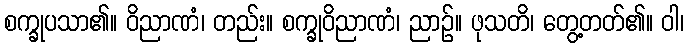
စက္ခုပသာ၏။ ဝိညာဏံ၊ တည်း။ စက္ခုဝိညာဏံ၊ ညာဉ်။ ဖုသတိ၊ တွေ့တတ်၏။ ဝါ၊